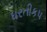
ધરતીકપ